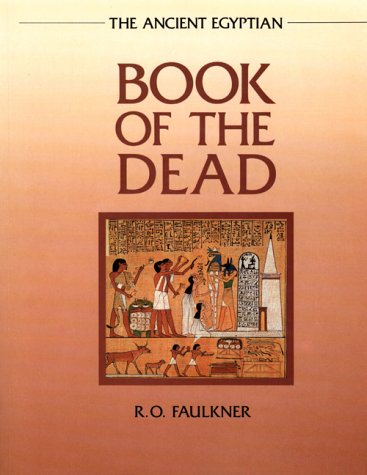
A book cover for The Ancient Egyptian Book of the Dead; Religion & Spirituality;